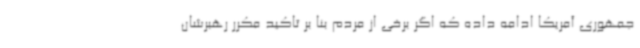
جمهوری آمریکا ادامه داده که اگر برخی از مردم بنا بر تاکید مکرر رهبرشان